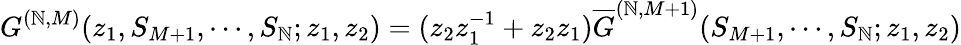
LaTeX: G^{(\mathbb{N},M)}(z_{1},S_{M+1},\cdots,S_{\mathbb{N}};z_{1},z_{2})=(z_{2}z_{1}^{-1}+z_{2}z_{1}){\overline{{{G}}}}^{(\mathbb{N},M+1)}(S_{M+1},\cdots,S_{\mathbb{N}};z_{1},z_{2})